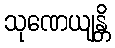
သုဏေယျန္တိ